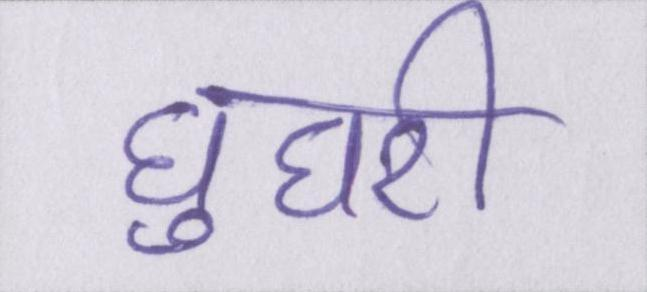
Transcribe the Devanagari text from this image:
घुघरी